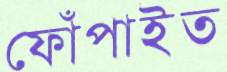
ফোঁপাইত